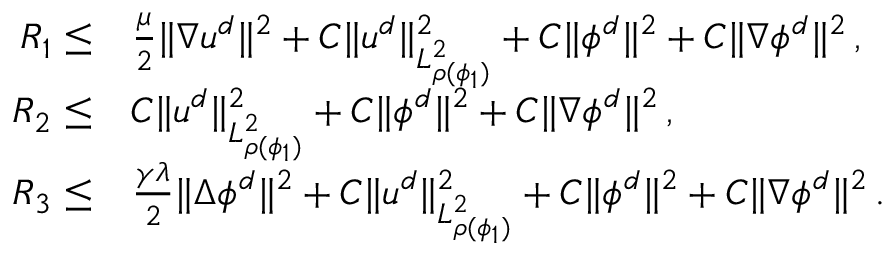
\begin{array} { r l } { R _ { 1 } \leq } & { \frac { \mu } { 2 } \| \nabla u ^ { d } \| ^ { 2 } + C \| u ^ { d } \| _ { L _ { \rho ( \phi _ { 1 } ) } ^ { 2 } } ^ { 2 } + C \| \phi ^ { d } \| ^ { 2 } + C \| \nabla \phi ^ { d } \| ^ { 2 } \, , } \\ { R _ { 2 } \leq } & { C \| u ^ { d } \| _ { L _ { \rho ( \phi _ { 1 } ) } ^ { 2 } } ^ { 2 } + C \| \phi ^ { d } \| ^ { 2 } + C \| \nabla \phi ^ { d } \| ^ { 2 } \, , } \\ { R _ { 3 } \leq } & { \frac { \gamma \lambda } { 2 } \| \Delta \phi ^ { d } \| ^ { 2 } + C \| u ^ { d } \| _ { L _ { \rho ( \phi _ { 1 } ) } ^ { 2 } } ^ { 2 } + C \| \phi ^ { d } \| ^ { 2 } + C \| \nabla \phi ^ { d } \| ^ { 2 } \, . } \end{array}